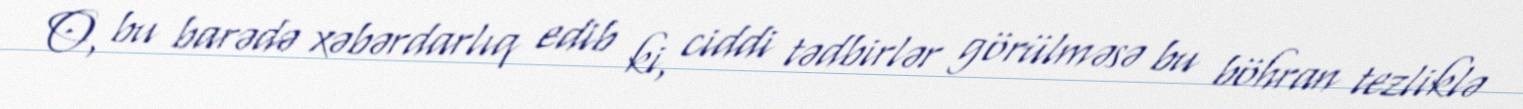
O, bu barədə xəbərdarlıq edib ki, ciddi tədbirlər görülməsə bu böhran tezliklə